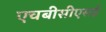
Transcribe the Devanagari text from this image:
एचबीसीएसई